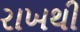
રાખથી